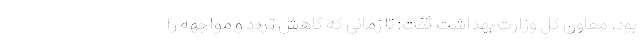
بود. معاون کل وزارت بهداشت گفت: تا زمانی که کاهش تردد و مواجهه را